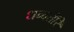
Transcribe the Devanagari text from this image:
धन्वतंरि